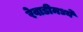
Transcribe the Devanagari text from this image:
रेवाडीमध्ये